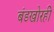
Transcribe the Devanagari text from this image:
बंडखोरही